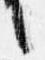
言